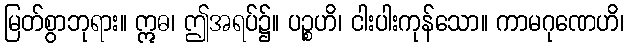
မြတ်စွာဘုရား။ ဣဓ၊ ဤအရပ်၌။ ပဉ္စဟိ၊ ငါးပါးကုန်သော။ ကာမဂုဏေဟိ၊